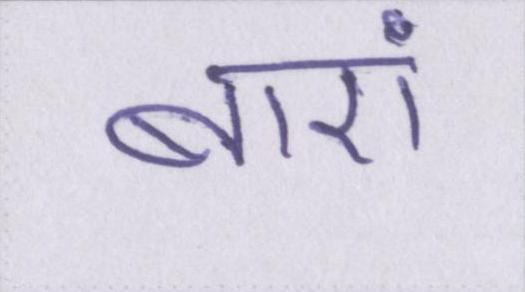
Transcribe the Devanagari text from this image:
बाएं